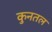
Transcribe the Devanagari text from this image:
कुनतल